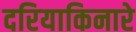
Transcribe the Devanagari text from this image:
दरियाकिनारे